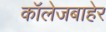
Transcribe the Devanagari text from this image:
कॉलेजबाहेर